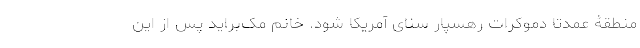
منطقۀ عمدتا دموکرات رهسپار سنای آمریکا شود. خانم مک‌براید پس از این